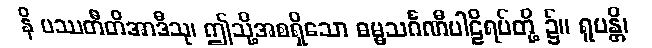
နိ ပဿတီတိအာဒီသု၊ ဤသို့အစရှိသော ဓမ္မသင်္ဂဏီပါဠိရပ်တို့ ၌။ ရူပန္တိ၊